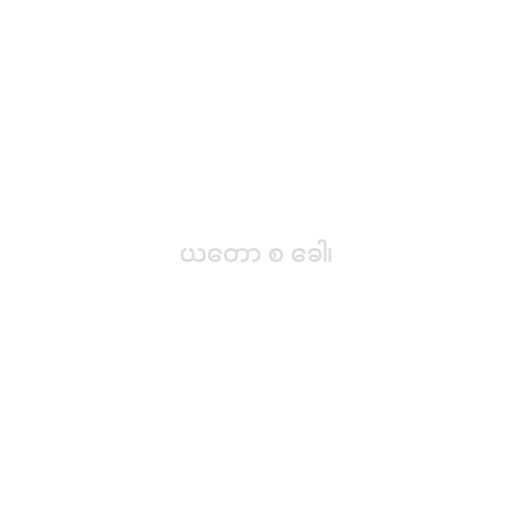
ယတော စ ခေါ၊